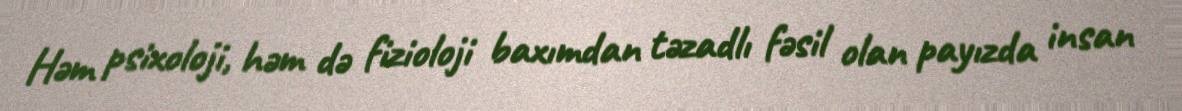
Həm psixoloji, həm də fizioloji baxımdan təzadlı fəsil olan payızda insan